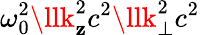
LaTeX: \omega_{0}^{2}\llk_{\mathbf{z}}^{2}c^{2}\llk_{\perp}^{2}c^{2}